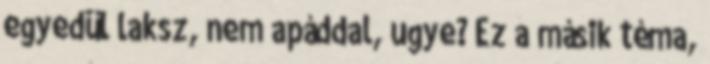
egyedül laksz, nem apáddal, ugye? Ez a másik téma,